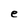
Character: e